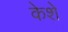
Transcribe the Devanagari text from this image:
केशे